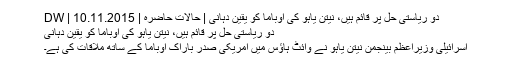
دو ریاستی حل پر قائم ہیں، نیتن یاہو کی اوباما کو یقین دہانی | حالات حاضرہ | DW | 10.11.2015
دو ریاستی حل پر قائم ہیں، نیتن یاہو کی اوباما کو یقین دہانی
اسرائیلی وزیراعظم بینجمن نیتن یاہو نے وائٹ ہاؤس میں امریکی صدر باراک اوباما کے ساتھ ملاقات کی ہے۔